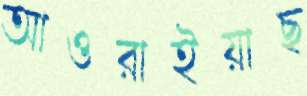
আওরাইয়াছ